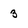
Character: 3